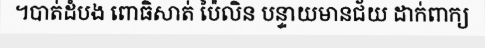
។បាត់ដំបង ពោធិសាត់ ប៉ៃលិន បន្ទាយមានជ័យ ដាក់ពាក្យ